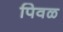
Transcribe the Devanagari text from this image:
पिवळ